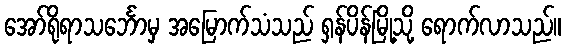
အော်ရိုရာသင်္ဘောမှ အမြောက်သံသည် ရှန်ပိန်မြို့သို့ ရောက်လာသည်။